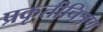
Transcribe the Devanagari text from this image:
प्रकृतीचित्रण